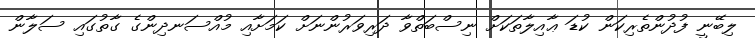
ލިބޭނީ ފުދުންތެރިކަން ކުޑަ ޢާއިލާތަކަށް ނިސްބަތްވާ ދަރިވަރުންނަށް ކަމަށާއި މުއްސަނދިންގެ ގާތުގައި ސަލާން